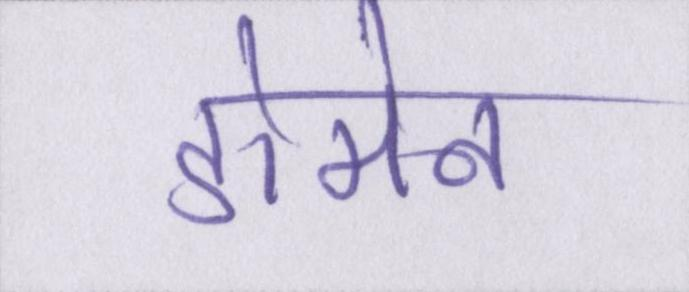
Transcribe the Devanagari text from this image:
डोमेन